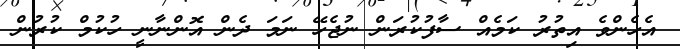
އެހެންވެ އިތުރު ކަމެއް ސާފުކުރަން ނުޖެހޭ ނަމަ ދެން އޮންނާނީ ހުކުމް ކުރުން